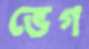
ভেগ